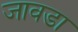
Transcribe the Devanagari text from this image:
जावडा